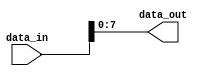
module part_select_example (
    input wire [15:0] data_in,      // 16-bit input data
    output wire [7:0] data_out      // 8-bit output data
);

// Continuous assignment to select specific bits from data_in
// Here we select bits [7:0] from data_in and assign them to data_out
assign data_out = data_in[7:0];   // Assign the lower 8 bits of data_in to data_out

endmodule